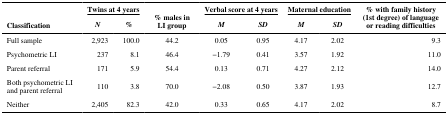
| <ROWSPAN=2> Classification | <COLSPAN=2> Twins at 4 years | <ROWSPAN=2> % males in LI group | <COLSPAN=2> Verbal score at 4 years | <COLSPAN=2> Maternal education | <ROWSPAN=2> % with family history (1st degree) of language or reading difficulties |
 | N | % | M | SD | M | SD |
 | --- | --- | --- | --- | --- | --- | --- | --- | --- |
 | Full sample | 2,923 | 100.0 | 44.2 | 0.05 | 0.95 | 4.17 | 2.02 | 9.3 |
 | Psychometric LI | 237 | 8.1 | 46.4 | −1.79 | 0.41 | 3.57 | 1.92 | 11.0 |
 | Parent referral | 171 | 5.9 | 54.4 | 0.13 | 0.71 | 4.27 | 2.12 | 14.0 |
 | Both psychometric LI and parent referral | 110 | 3.8 | 70.0 | −2.08 | 0.50 | 3.87 | 1.93 | 12.7 |
 | Neither | 2,405 | 82.3 | 42.0 | 0.33 | 0.65 | 4.17 | 2.02 | 8.7 |